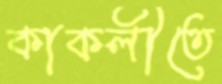
কাকলীতে